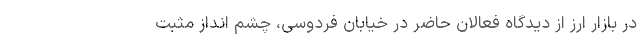
در بازار ارز از دیدگاه فعالان حاضر در خیابان فردوسی، چشم انداز مثبت